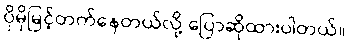
ပိုမိုမြင့်တက်နေတယ်လို့ ပြောဆိုထားပါတယ်။